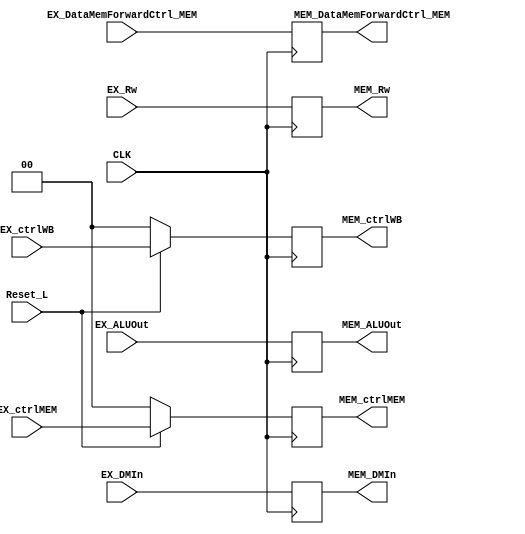
`define _ex_mem_v_


module EX_MEM(CLK, Reset_L,
               EX_ctrlWB,  EX_ctrlMEM,  EX_ALUOut,  EX_DMIn,  EX_Rw,  EX_DataMemForwardCtrl_MEM,
              MEM_ctrlWB, MEM_ctrlMEM, MEM_ALUOut, MEM_DMIn, MEM_Rw, MEM_DataMemForwardCtrl_MEM
              );

  input wire        CLK, Reset_L;
  input wire [ 4:0] EX_Rw;
  input wire [ 1:0] EX_ctrlMEM, EX_ctrlWB;
  input wire [31:0] EX_ALUOut,  EX_DMIn;
  input wire        EX_DataMemForwardCtrl_MEM;
  
  output reg [ 4:0] MEM_Rw;
  output reg [ 1:0] MEM_ctrlMEM, MEM_ctrlWB;
  output reg [31:0] MEM_ALUOut, MEM_DMIn;
  output reg        MEM_DataMemForwardCtrl_MEM;
  
  // Resetable control signals first
  always @ (negedge CLK) begin
    if (Reset_L) begin
      MEM_ctrlWB  <= EX_ctrlWB;
      MEM_ctrlMEM <= EX_ctrlMEM;
      end
    else begin
      MEM_ctrlWB  <= 4'b0;
      MEM_ctrlMEM <= 2'b0;    
      end
  end

  always @ (negedge CLK) begin
    MEM_ALUOut                 <= EX_ALUOut;
    MEM_DMIn                   <= EX_DMIn;
    MEM_Rw                     <= EX_Rw;
    MEM_DataMemForwardCtrl_MEM <= EX_DataMemForwardCtrl_MEM;   
  end

endmodule